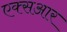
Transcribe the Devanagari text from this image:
एक्सआर